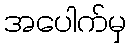
အပေါက်မှ